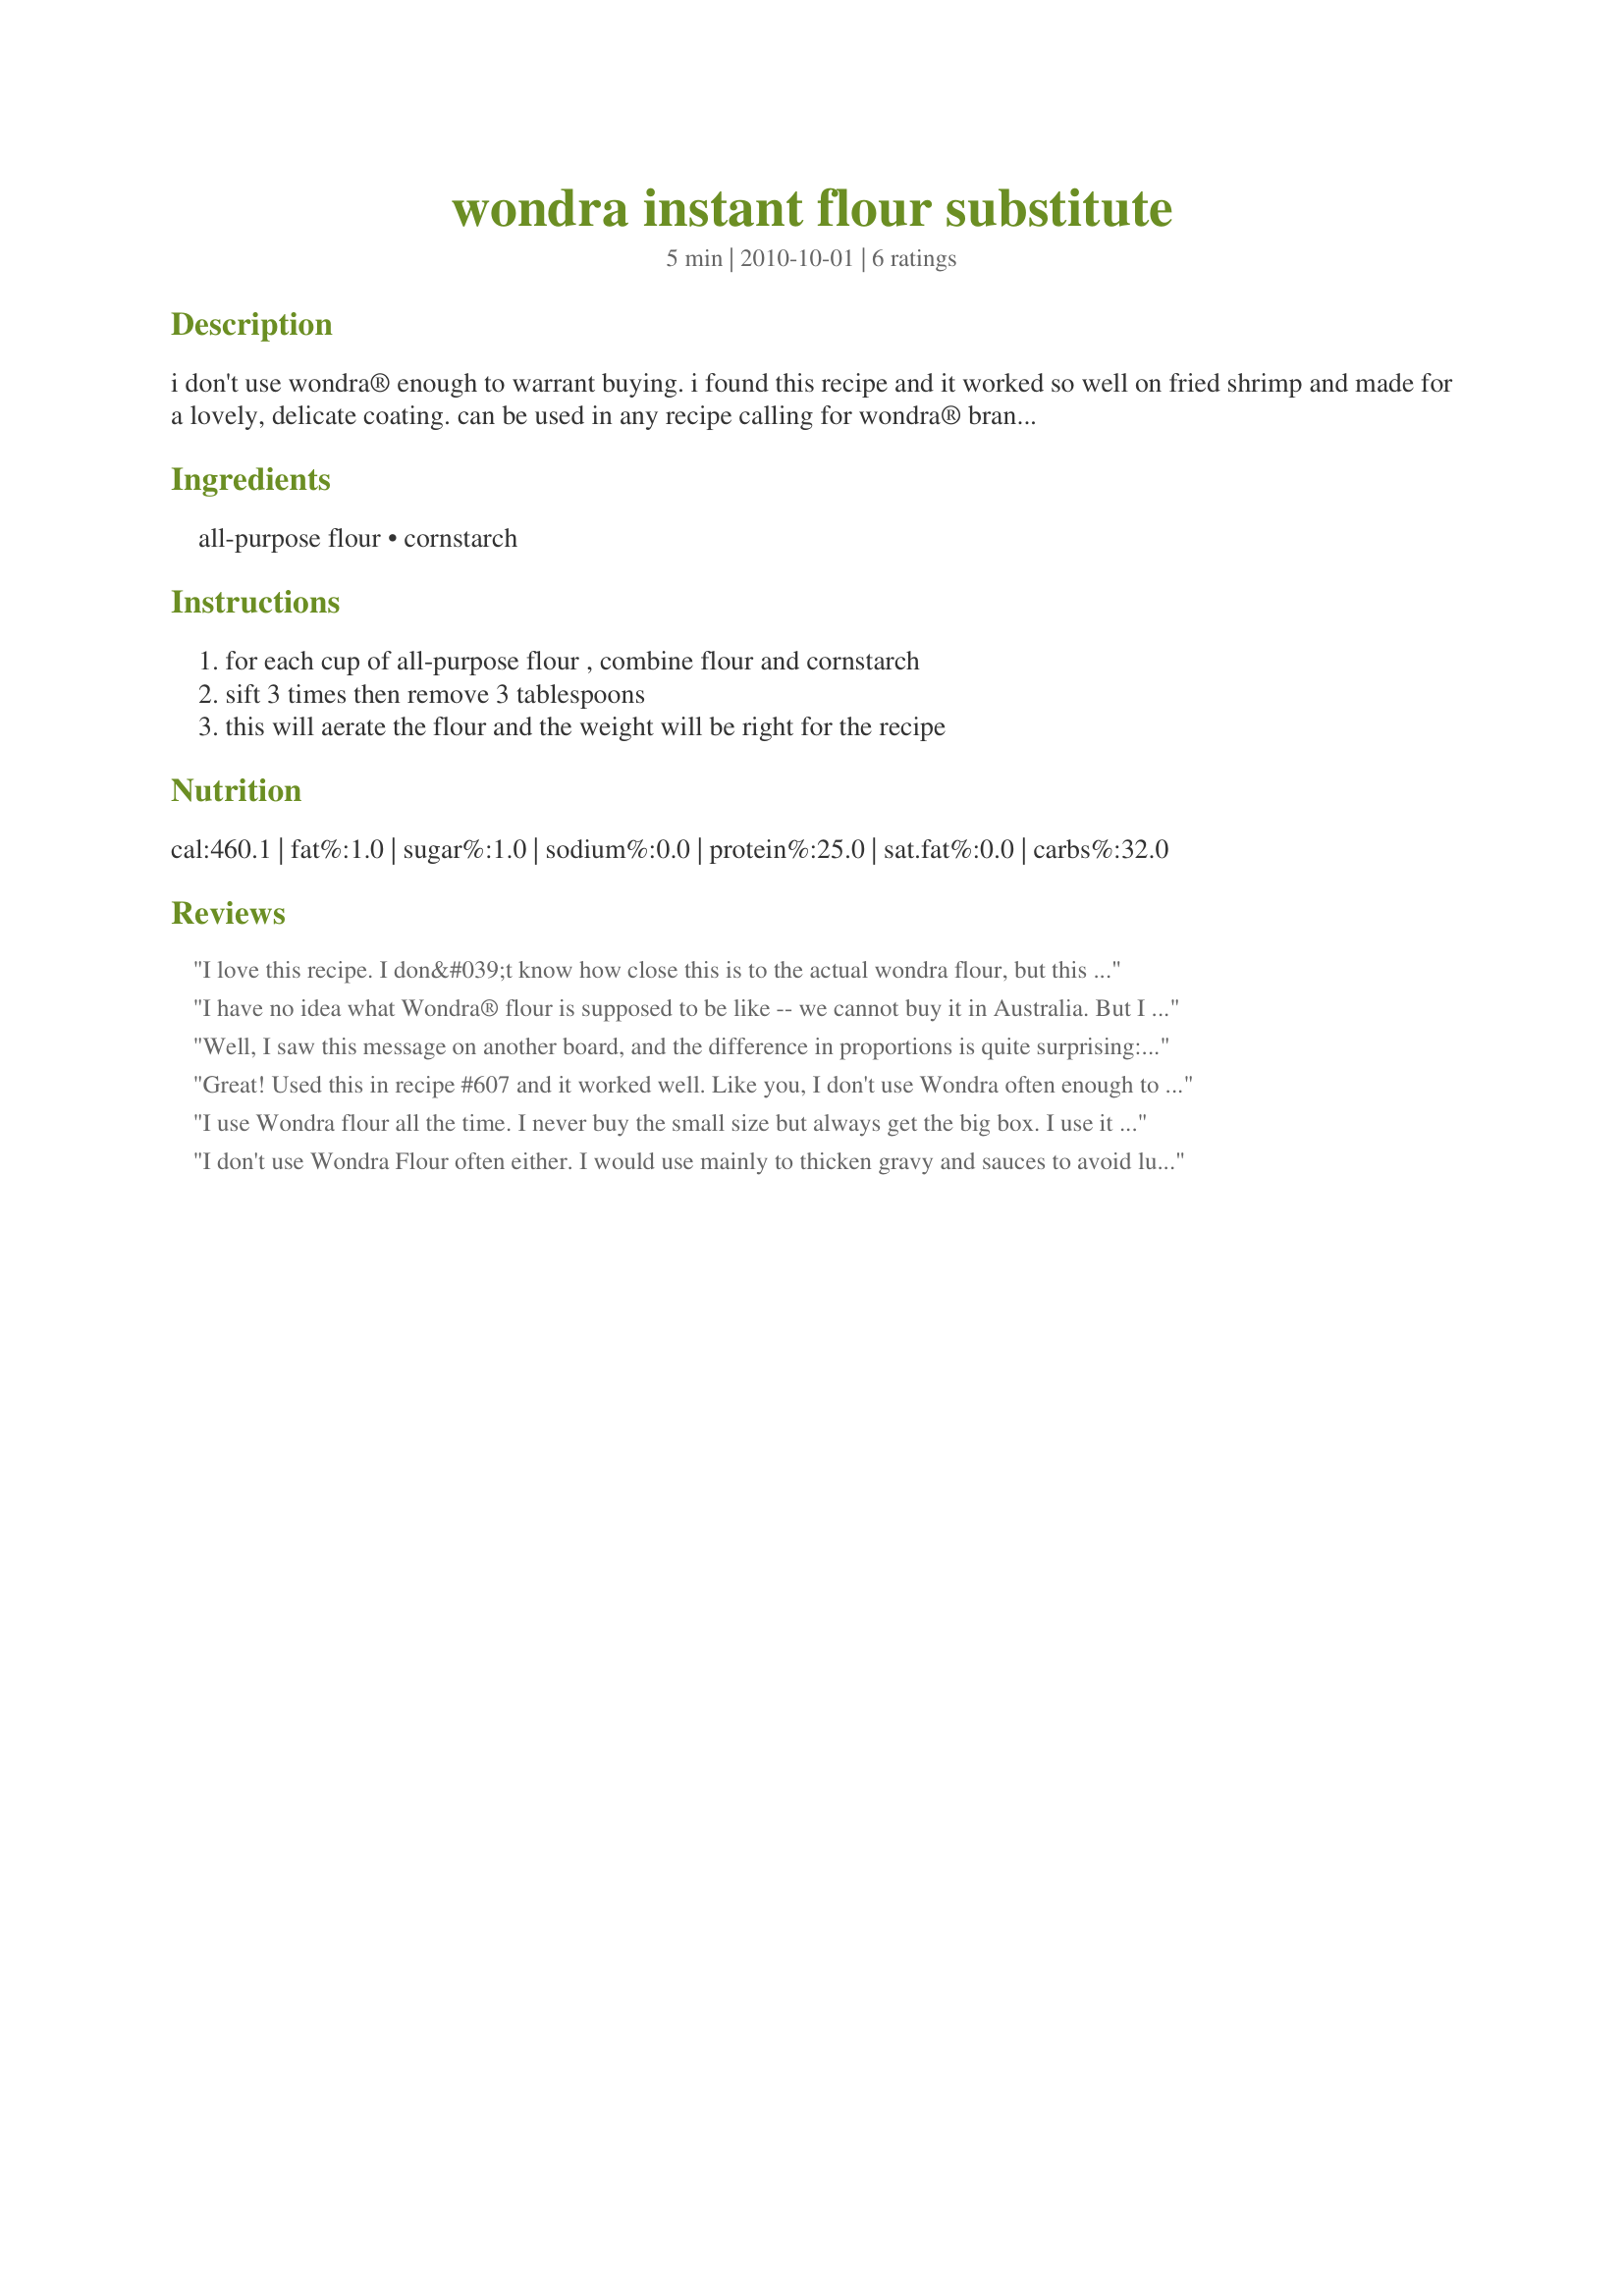
wondra instant flour substitute
Preparation time: 5 minutes

i don't use wondra® enough to warrant buying. i found this recipe and it worked so well on fried shrimp and made for a lovely, delicate coating. can be used in any recipe calling for wondra® brand instant flour.

Ingredients:
all-purpose flour, cornstarch

Steps:
for each cup of all-purpose flour , combine flour and cornstarch, sift 3 times then remove 3 tablespoons, this will aerate the flour and the weight will be right for the recipe

Reviews:
I love this recipe. I don&#039;t know how close this is to the actual wondra flour, but this is perfect for what I need. I usually just make the whole thing and put a third of it on the plate and save the rest for another time. I mainly use it for fish tacos. I mix in some old bay or crab boil seasoning, pat the flour on the fish, shake off the excess and pop it in the pan. No messy egg wash and a light, thin crust. Thank you for the recipe.
I have no idea what Wondra® flour is supposed to be like -- we cannot buy it in Australia. But I followed this recipe exactly and it produced a lovely, light result that I used very successfully in Recipe #438575. Thanks so much for posting and for expanding my horizons.
Well, I saw this message on another board, and the difference in proportions is quite surprising:
&quot;all purpose flour (Substitute 7/8 cup all-purpose flour for each cup of cake flour and add 2 tablespoons of cornstarch for every 7/8 cup all-purpose flour used. &quot;
As I&#039;m British, I truly have never before heard of &#039;Wondra flour&#039;, and have never seen it for sale, anywhere other than &#039;Amazon&#039; - and that was only in response to this posting.... so I&#039;m wondering what to do here....
Great! Used this in recipe #607 and it worked well. Like you, I don't use Wondra often enough to keep on hand, so was thrilled to find this sub posted here. Thanks for sharing!
I use Wondra flour all the time. I never buy the small size but always get the big box. I use it to thicken sauces, stews, soups, chili....pretty much anything....and also to make gravy. You can do these things with regular flour but with Wondra you can sprinkle it even on hot liquids and it will not clump and will easily whip smooth.... unlike regular flour which you have to mix with some water first if you don't like yukky lumps. I almost never use it in regular cooking though I have seen a few recipes that call for its use in breading. This substitution does not work with thickening things any better than regular flour so it was a waste of my time and effort. Might work great in actual recipes....but even with the cornstarch and sifting....it will clump in hot liquids.
I don't use Wondra Flour often either. I would use mainly to thicken gravy and sauces to avoid lumps.<br/> Thanks
